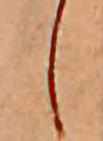
し